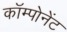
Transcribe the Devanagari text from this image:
काॅम्पोनेंट